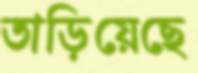
তাড়িয়েছে